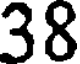
38